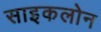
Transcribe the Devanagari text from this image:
साइकलोन